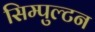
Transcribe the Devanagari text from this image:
सिम्पुल्टन